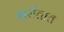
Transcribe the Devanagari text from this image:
शरीतात